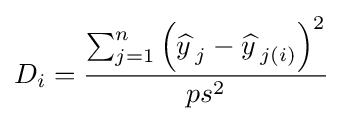
D_{i}={\frac {\sum _{j=1}^{n}\left({\widehat {y\,}}_{j}-{\widehat {y\,}}_{j(i)}\right)^{2}}{ps^{2}}}